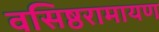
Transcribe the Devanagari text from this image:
वसिष्ठरामायण